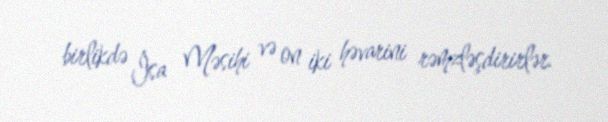
birlikdə İsa Məsihi və on iki həvarini rəmzləşdirirlər.